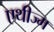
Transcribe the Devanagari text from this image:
एथीज्म